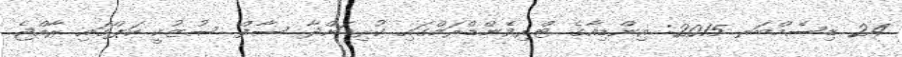
24 ޑިސެމްބަރ 2015: އިންޑިއާގެ ޓްރިވެންޑްރަމްގައި ކުރިއަށްދާ ސާފް ސުޒުކީ ކަޕްގައި ރާއްޖެ